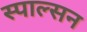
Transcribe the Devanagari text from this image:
स्पाल्सन